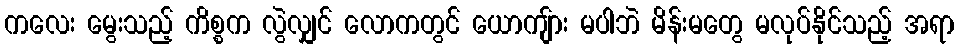
ကလေး မွေးသည့် ကိစ္စက လွဲလျှင် လောကတွင် ယောကျ်ား မပါဘဲ မိန်းမတွေ မလုပ်နိုင်သည့် အရာ